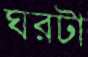
ঘরটা